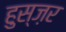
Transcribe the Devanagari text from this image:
हुस्ज़र